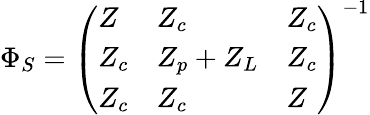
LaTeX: \Phi_{S}={\left(\begin{array}{lll}{Z}&{Z_{c}}&{Z_{c}}\\ {Z_{c}}&{Z_{p}+Z_{L}}&{Z_{c}}\\ {Z_{c}}&{Z_{c}}&{Z}\end{array}\right)}^{-1}